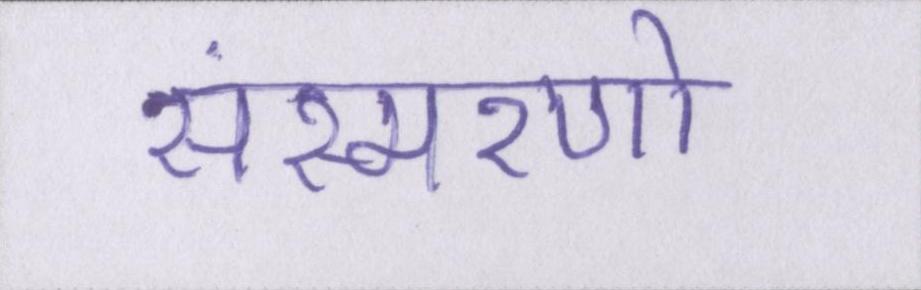
संस्मरणो